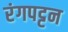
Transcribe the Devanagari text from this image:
रंगपट्टन